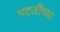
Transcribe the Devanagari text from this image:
भटजींच्या